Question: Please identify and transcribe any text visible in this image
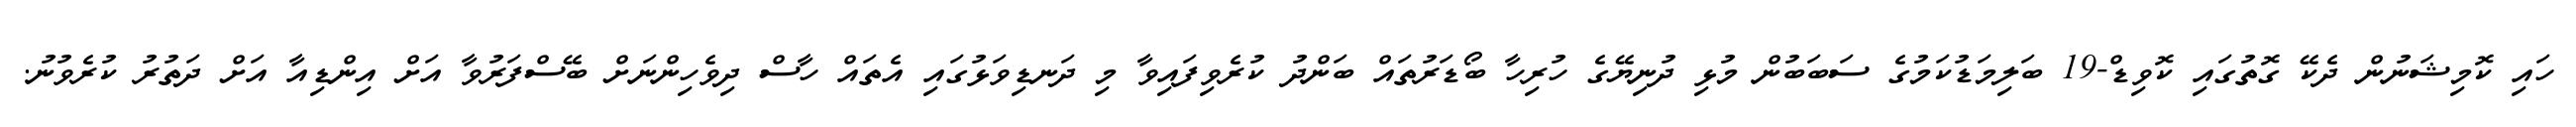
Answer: ހައި ކޮމިޝަނުން ދެކޭ ގޮތުގައި ކޮވިޑް-19 ބަލިމަޑުކަމުގެ ސަބަބުން މުޅި ދުނިޔޭގެ ހުރިހާ ބޯޑަރުތައް ބަންދު ކުރެވިފައިވާ މި ދަނޑިވަޅުގައި އެތައް ހާސް ދިވެހިންނަށް ބޭސްފަރުވާ އަށް އިންޑިއާ އަށް ދަތުރު ކުރެވުނު.